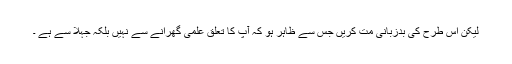
لیکن اس طرح کی بدزبانی مت کریں جس سے ظاہر ہو کہ آپ کا تعلق علمی گھرانے سے نہیں بلکہ جہلا سے ہے ۔